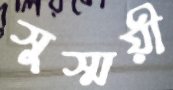
সুস্ময়ী